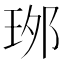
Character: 𤥌